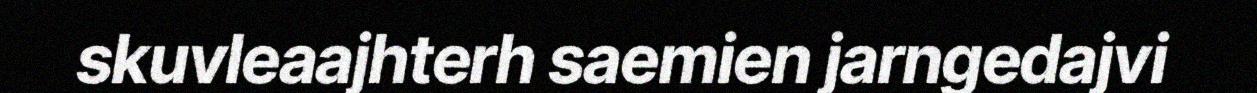
skuvleaajhterh saemien jarngedajvi